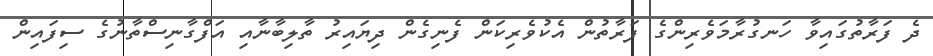
ދެ ފަރާތުގައިވާ ހަނގުރާމަވެރިންގެ ފަރާތުން އެކުވެރިކަން ފެނިގެން ދިޔައިރު ތާލިބާނާއި އަފްގާނިސްތާނުގެ ސިފައިން